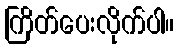
ကြိတ်ပေးလိုက်ပါ။